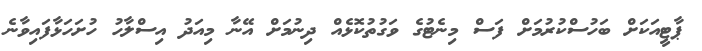
ޕާޓީއަކަށް ބަހުސްކުރުމަށް ފަސް މިނެޓުގެ ވަގުތުކޮޅެއް ދިނުމަށް އޭނާ މިއަދު އިސްލާހު ހުށަހަޅާފައިވާނެ